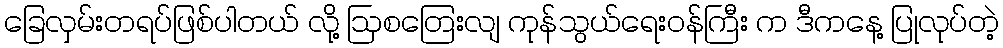
ခြေလှမ်းတရပ်ဖြစ်ပါတယ် လို့ ဩစတြေးလျ ကုန်သွယ်ရေးဝန်ကြီး က ဒီကနေ့ ပြုလုပ်တဲ့